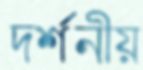
দর্শনীয়